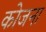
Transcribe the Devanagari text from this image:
कोजना